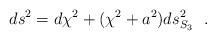
LaTeX: \begin{align*}ds^2=d\chi^2+(\chi^2+a^2)ds^2_{S_3}~~.\end{align*}